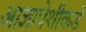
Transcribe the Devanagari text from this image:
आज्ञापेशीकडे